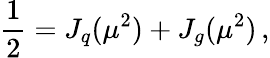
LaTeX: \frac{1}{2}=J_{q}(\mu^{2})+J_{g}(\mu^{2})\, ,